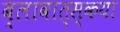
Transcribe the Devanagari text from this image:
ब्लावात्स्कया